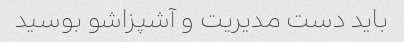
باید دست مدیریت و آشپزاشو بوسید